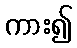
ကား၍